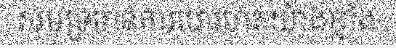
សមុទ្រមានការហេវហត់យ៉ាងខ្លាំង